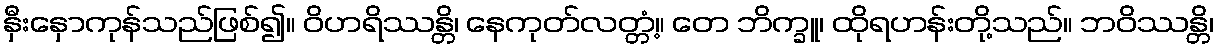
နှီးနှောကုန်သည်ဖြစ်၍။ ဝိဟရိဿန္တိ၊ နေကုတ်လတ္တံ့။ တေ ဘိက္ခူ၊ ထိုရဟန်းတို့သည်။ ဘဝိဿန္တိ၊